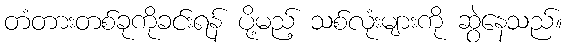
တံတားတစ်ခုကိုခင်းရန် ပို့မည့် သစ်လုံးများကို ဆွဲနေသည်။